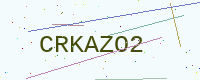
Text: CRKAZO2